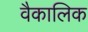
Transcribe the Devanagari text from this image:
वैकालिक